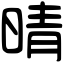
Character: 晴